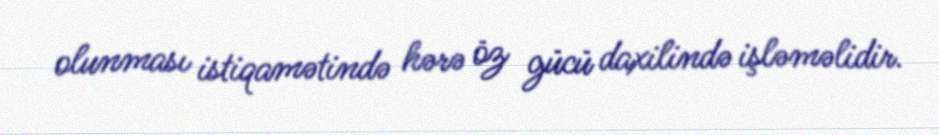
olunması istiqamətində hərə öz gücü daxilində işləməlidir.